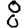
Digit: 8